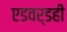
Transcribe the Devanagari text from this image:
एडवर्डही